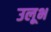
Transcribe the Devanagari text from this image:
उलूभ